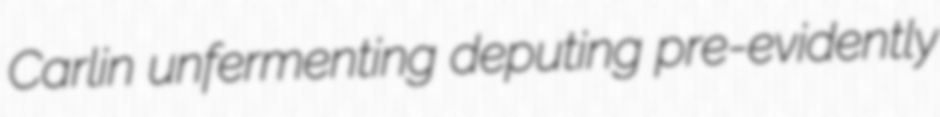
Carlin unfermenting deputing pre-evidently